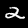
Label: 2